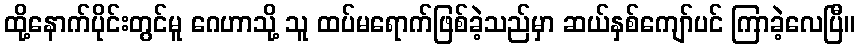
ထို့နောက်ပိုင်းတွင်မူ ဂေဟာသို့ သူ ထပ်မရောက်ဖြစ်ခဲ့သည်မှာ ဆယ်နှစ်ကျော်ပင် ကြာခဲ့လေပြီ။